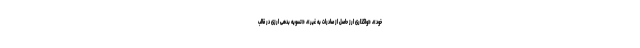
خود»، «واگذاری ارز حاصل از صادرات به غیر»، «تسویه بدهی ارزی در قالب